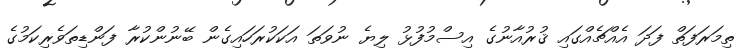
ތިމަރަފަތް ފަދަ އެއްޗެއްގައި ޤުރުއާނުގެ އިސްމުފުޅު ލިޔެ ނުވަތަ އަކަކުރަހައިގެން ބޭނުންކުރާ ފަންޑިތަވެރިކަމުގެ